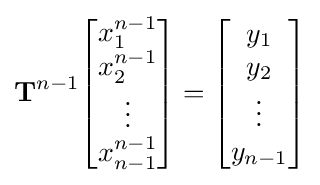
\mathbf {T} ^{n-1}{\begin{bmatrix}x_{1}^{n-1}\\x_{2}^{n-1}\\\vdots \\x_{n-1}^{n-1}\\\end{bmatrix}}={\begin{bmatrix}y_{1}\\y_{2}\\\vdots \\y_{n-1}\end{bmatrix}}